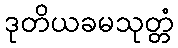
ဒုတိယခမသုတ္တံ